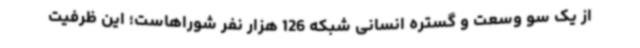
از یک سو وسعت و گستره انسانی شبکه 126 هزار نفر شوراهاست؛ این ظرفیت